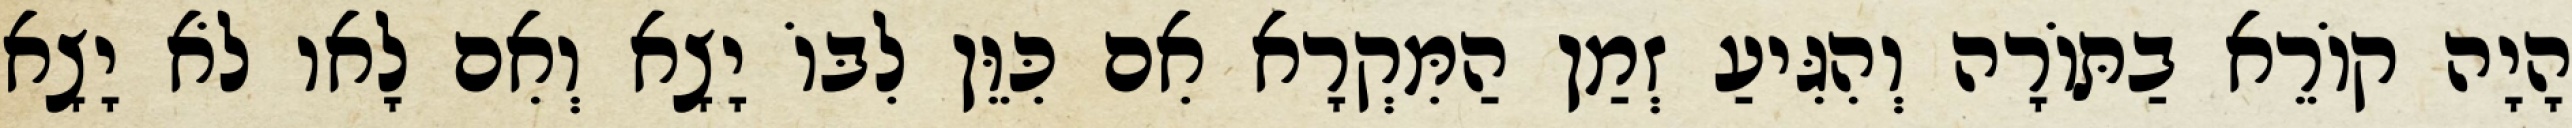
הָיָה קוֹרֵא בַתּוֹרָה וְהִגִּיעַ זְמַן הַמִּקְרָא אִם כִּוֵּן לִבּוֹ יָצָא וְאִם לָאו לֹא יָצָא